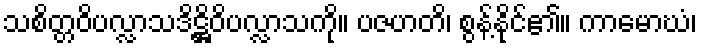
သစိတ္တဝိပလ္လာသဒိဋ္ဌိဝိပလ္လာသကို။ ပဇဟတိ၊ စွန့်နိုင်၏။ ကာမောဃံ၊